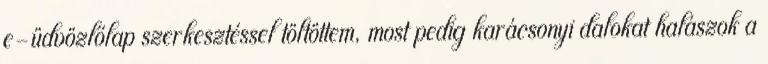
e-üdvözlőlap szerkesztéssel töltöttem, most pedig karácsonyi dalokat halászok a